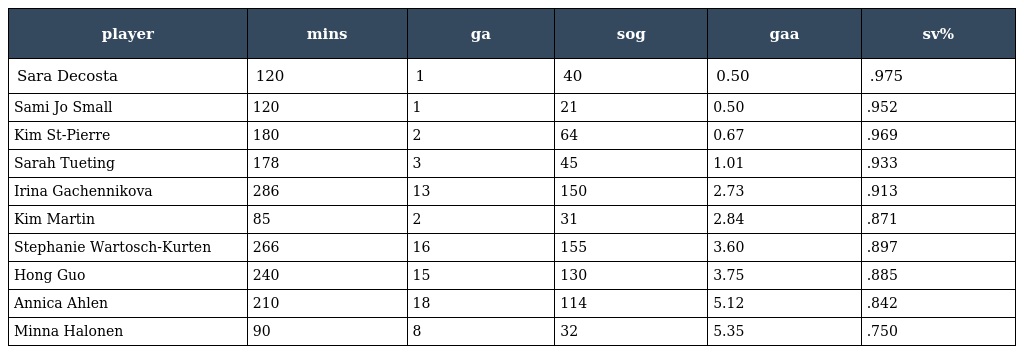
| player | mins | ga | sog | gaa | sv% |
 | --- | --- | --- | --- | --- | --- |
 | Sara Decosta | 120 | 1 | 40 | 0.50 | .975 |
 | Sami Jo Small | 120 | 1 | 21 | 0.50 | .952 |
 | Kim St-Pierre | 180 | 2 | 64 | 0.67 | .969 |
 | Sarah Tueting | 178 | 3 | 45 | 1.01 | .933 |
 | Irina Gachennikova | 286 | 13 | 150 | 2.73 | .913 |
 | Kim Martin | 85 | 2 | 31 | 2.84 | .871 |
 | Stephanie Wartosch-Kurten | 266 | 16 | 155 | 3.60 | .897 |
 | Hong Guo | 240 | 15 | 130 | 3.75 | .885 |
 | Annica Ahlen | 210 | 18 | 114 | 5.12 | .842 |
 | Minna Halonen | 90 | 8 | 32 | 5.35 | .750 |